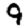
Digit: 9